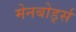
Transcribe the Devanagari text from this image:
मेनबोर्ड्स